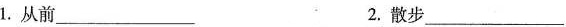
1.从前\underline2.散步\underline